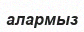
алармыз